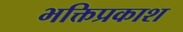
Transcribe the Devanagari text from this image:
भक्तिप्रकाश